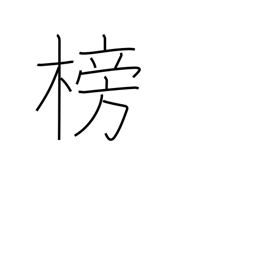
Meaning: rudder